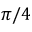
\pi / 4